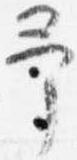
予